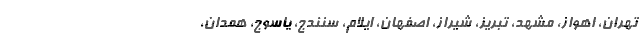
تهران، اهواز، مشهد، تبریز، شیراز، اصفهان، ایلام، سنندج، یاسوج، همدان،